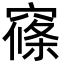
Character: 窱